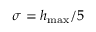
\sigma = h _ { \mathrm { m a x } } / 5